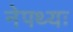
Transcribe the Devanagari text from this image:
नेपथ्यः